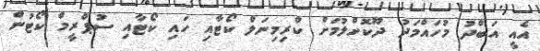
އެއީ އަބްދު މުހައްމަދު ދޫކޮށްލުމަށް ކްރިމިނަލް ކޯޓާއި ހައި ކޯޓާއި ސުޕްރީމް ކޯޓުން